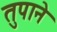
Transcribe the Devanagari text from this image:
तुपाने